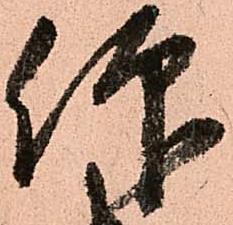
仰